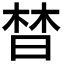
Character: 𣈅